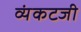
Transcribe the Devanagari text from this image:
व्यंकटजी